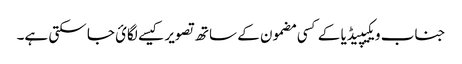
جناب ویکیپیڈیا کے کسی مضمون کے ساتھ تصویر کیسے لگائ جا سکتی ہے۔